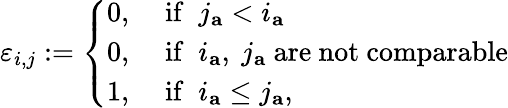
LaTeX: \varepsilon_{i,j}:=\left\{ \begin{array}{ll}{0,}&{\; \mathrm{if~}\; j_{\mathbf{a}}<i_{\mathbf{a}}}\\ {0,}&{\; \mathrm{if~}\; i_{\mathbf{a}},\ j_{\mathbf{a}}\mathrm{~are~not~comparable}}\\ {1,}&{\; \mathrm{if~}\; i_{\mathbf{a}}\leq j_{\mathbf{a}},}\end{array}\right.